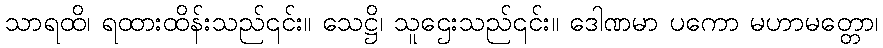
သာရထိ၊ ရထားထိန်းသည်၎င်း။ သေဋ္ဌိ၊ သူဌေးသည်၎င်း။ ဒေါဏမာ ပကော မဟာမတ္တော၊